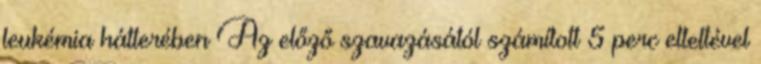
leukémia hátterében Az előző szavazásától számított 5 perc elteltével